Scientific memoirs by medical officers of the Army of India - Part X,
Year: 1897
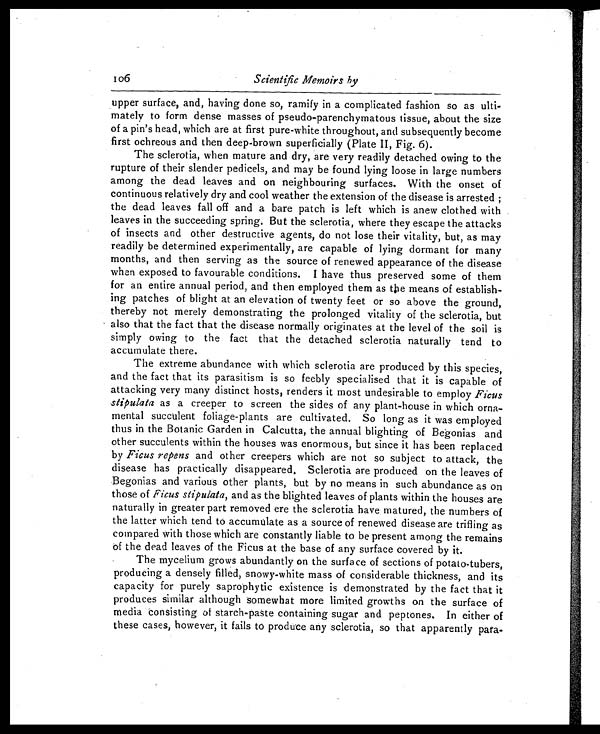
106
Scientific Memoirs by
upper surface, and, having done so, ramify in a complicated fashion so as ulti
-
mately to form dense masses of pseudo-parenchymatous tissue, about the size
of a pin's head, which are at first pure-white throughout, and subsequently become
first ochreous and then deep-brown superficially (Plate II, Fig. 6).
The sclerotia, when mature and dry, are very readily detached owing to the
rupture of their slender pedicels, and may be found lying loose in large numbers
among the dead leaves and on neighbouring surfaces. With the onset of
continuous relatively dry and cool weather the extension of the disease is arrested
the dead leaves fall off and a bare patch is left which is anew clothed with
leaves in the succeeding spring. But the sclerotia, where they escape the attacks
of insects and other destructive agents, do not lose their vitality, but, as may
readily be determined experimentally, are capable of lying dormant for many
months, and then serving as the source of renewed appearance of the disease
when exposed to favourable conditions. I have thus preserved some of them
for an entire annual period, and then employed them as the means of establish
-
ing patches of blight at an elevation of twenty feet or so above the ground,
thereby not merely demonstrating the prolonged vitality of the sclerotia, but
also that the fact that the disease normally originates at the level of the soil is
simply owing to the fact that the detached sclerotia naturally tend to
accumulate there.
The extreme abundance with which sclerotia are produced by this species,
and the fact that its parasitism is so feebly specialised that it is capable of
attacking very many distinct hosts, renders it most undesirable to employ Ficus
stipulata as a creeper to screen the sides of any plant-house in which orna
-
mental succulent foliage-plants are cultivated. So long as it was employed
thus in the Botanic Garden in Calcutta, the annual blighting of Begonias and
other succulents within the houses was enormous, but since it has been replaced
by Ficus repens and other creepers which are not so subject to attack, the
disease has practically disappeared. Sclerotia are produced on the leaves of
Begonias and various other plants, but by no means in such abundance as on
those of Ficus stipulate, and as the blighted leaves of plants within the houses are
naturally in greater part removed ere the sclerotia have matured, the numbers of
the latter which tend to accumulate as a source of renewed disease are trifling as
compared with those which are constantly liable to be present among the remains
of the dead leaves of the Ficus at the base of any surface covered by it.
The mycelium grows abundantly on the surface of sections of potato-tubers,
producing a densely filled, snowy-white mass of considerable thickness, and its
capacity for purely saprophytic existence is demonstrated by the fact that it
produces similar although somewhat more limited growths on the surface of
media consisting of starch-paste containing sugar and peptones. In either of
these cases, however, it fails to produce any sclerotia, so that apparently para-